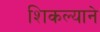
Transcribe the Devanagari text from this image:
शिकल्याने